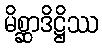
မိစ္ဆာဒိဋ္ဌိဿ